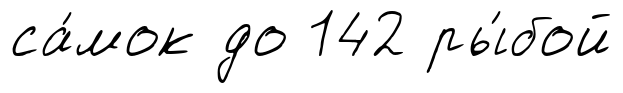
са́мок до 142 ры́бой